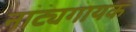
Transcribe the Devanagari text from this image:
नाट्यगायक